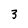
Character: 3